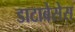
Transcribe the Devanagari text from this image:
डाटाबेसेस